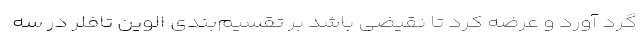
گرد آورد و عرضه کرد تا نقیضی باشد بر تقسیم‌بندی الوین تافلر در سه